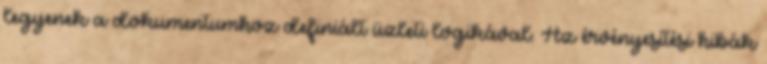
legyenek a dokumentumhoz definiált üzleti logikával. Az érvényesítési hibák